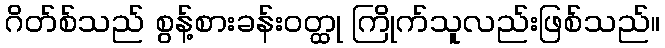
ဂိတ်စ်သည် စွန့်စားခန်းဝတ္ထု ကြိုက်သူလည်းဖြစ်သည်။